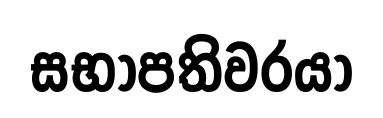
සභාපතිවරයා